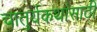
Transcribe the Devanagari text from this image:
चातुर्यकथांसाठी